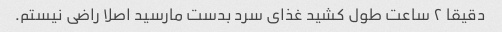
دقیقا ۲ ساعت طول کشید غذای سرد بدست مارسید اصلا راضی نیستم.